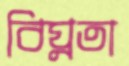
বিঘ্নতা